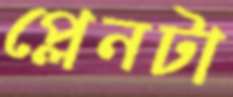
প্লেনটা